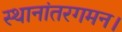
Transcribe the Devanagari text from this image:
स्थानांतरगमन।